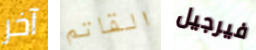
آخر القاتم فيرجيل